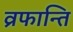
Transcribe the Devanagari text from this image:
व्रफान्ति